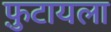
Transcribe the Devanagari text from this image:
फ़ुटायला